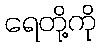
ရေတို့ကို